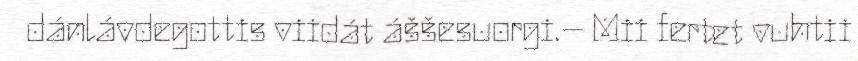
dánlávdegottis viidát áššesuorgi.– Mii fertet vuhtii